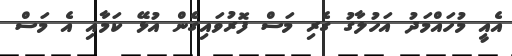
އެއީ މުހައްމަދު އަހުލާގު ގެރި މަސް ފޮރުވައިގެން އުޅޭ ކަމާއި އެ މަސް